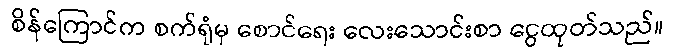
စိန်ကြောင်က စက်ရုံမှ စောင်ရေး လေးသောင်းစာ ငွေထုတ်သည်။